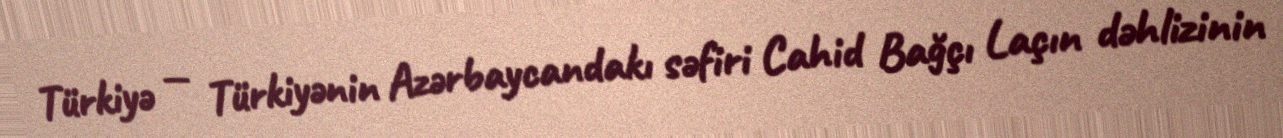
Türkiyə — Türkiyənin Azərbaycandakı səfiri Cahid Bağçı Laçın dəhlizinin